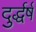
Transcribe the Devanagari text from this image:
दुर्द्धर्ष